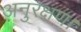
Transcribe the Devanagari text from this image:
अनुरक्षण।